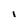
Character: I